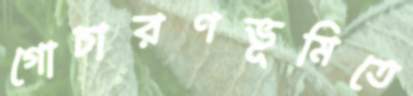
গোচারণভূমিতে